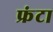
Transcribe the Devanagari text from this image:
फ्रंटा